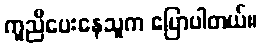
ကူညီပေးနေသူက ပြောပါတယ်။